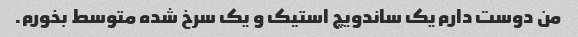
من دوست دارم یک ساندویچ استیک و یک سرخ شده متوسط ​​بخورم.